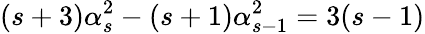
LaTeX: (s+3)\alpha_{s}^{2}-(s+1)\alpha_{s-1}^{2}=3(s-1)